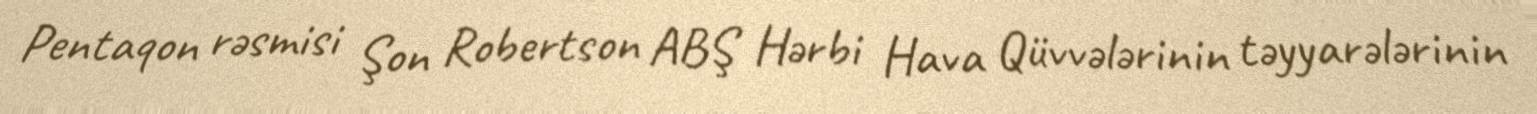
Pentaqon rəsmisi Şon Robertson ABŞ Hərbi Hava Qüvvələrinin təyyarələrinin